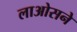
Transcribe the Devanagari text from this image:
लाओसने